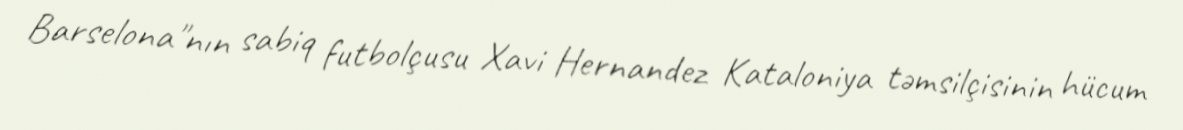
Barselona"nın sabiq futbolçusu Xavi Hernandez Kataloniya təmsilçisinin hücum